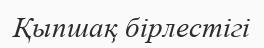
Қыпшақ бірлестігі